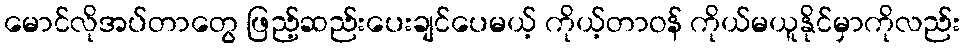
မောင်လိုအပ်တာတွေ ဖြည့်ဆည်းပေးချင်ပေမယ့် ကိုယ့်တာဝန် ကိုယ်မယူနိုင်မှာကိုလည်း